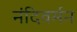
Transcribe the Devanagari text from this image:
नंदिवर्मन